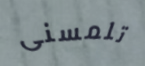
تلمسنى